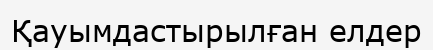
Қауымдастырылған елдер